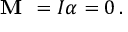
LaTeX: { \textbf { M } } = I \alpha = 0 \, .